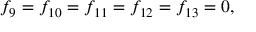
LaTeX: f _ { 9 } = f _ { 1 0 } = f _ { 1 1 } = f _ { 1 2 } = f _ { 1 3 } = 0 ,